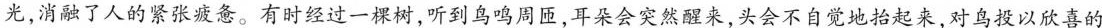
光，消融了人的紧张疲惫。有时经过一颗树，听到鸟鸣周匝，耳朵会突然醒来，头会不自觉地抬起来，对鸟投以欣喜的